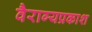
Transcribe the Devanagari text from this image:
वैराग्यप्रकाश